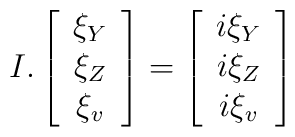
I.\left[\begin{array}{c} \xi_Y \\ \xi_Z \\ \xi_v \end{array} \right] = \left[\begin{array}{c} i\xi_Y \\ i\xi_Z \\ i\xi_v \end{array} \right]